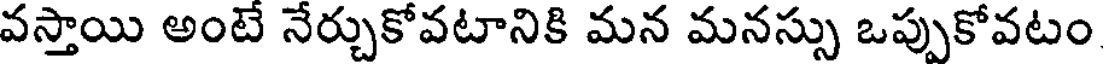
వస్తాయి అంటే నేర్చుకోవటానికి మన మనస్సు ఒప్పుకోవటం